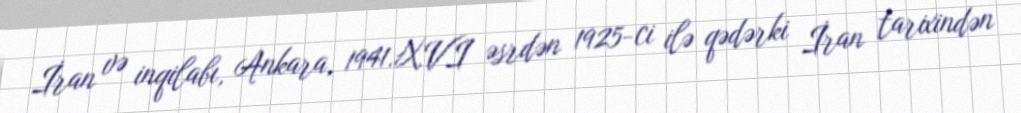
İran və inqilabı, Ankara, 1941.XVI əsrdən 1925-ci ilə qədərki İran tarixindən